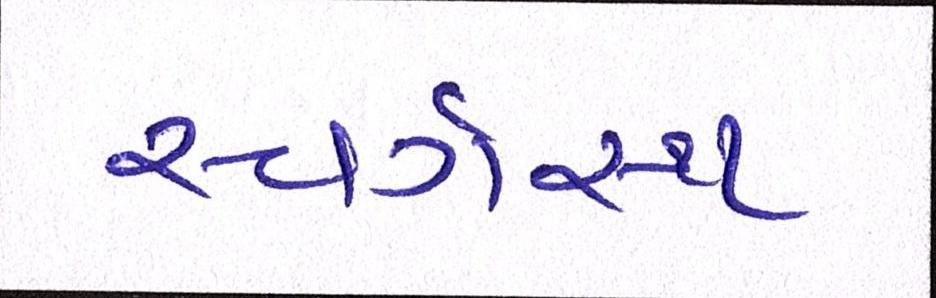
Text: સ્વર્ગસ્થ